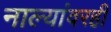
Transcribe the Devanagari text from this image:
नाल्यांवरही